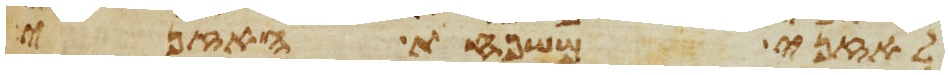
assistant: לאזני משפחת האזני